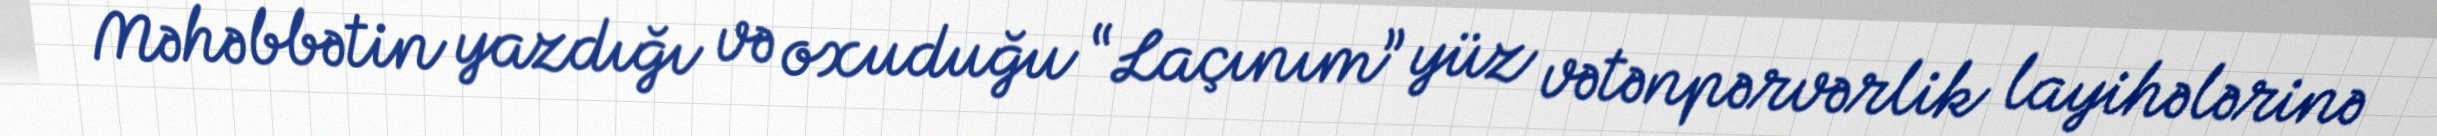
Məhəbbətin yazdığı və oxuduğu “Laçınım” yüz vətənpərvərlik layihələrinə